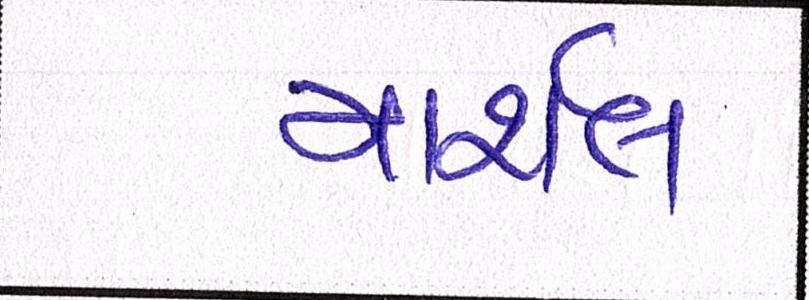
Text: માર્શલ